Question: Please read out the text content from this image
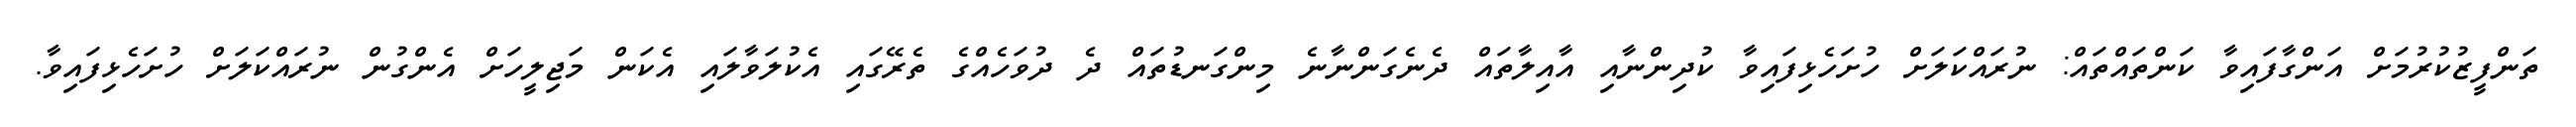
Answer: ތަންފީޒުކުރުމަށް އަންގާފައިވާ ކަންތައްތައް: ނުރައްކަލަށް ހުށަހެޅިފައިވާ ކުދިންނާއި އާއިލާތައް ދެނެގަންނާނެ މިންގަނޑުތައް ދެ ދުވަހެއްގެ ތެރޭގައި އެކުލަވާލައި އެކަން މަޖިލީހަށް އެންގުން ނުރައްކަލަށް ހުށަހެޅިފައިވާ.